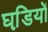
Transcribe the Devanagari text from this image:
घडि़यों